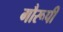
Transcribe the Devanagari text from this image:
गौरूपी